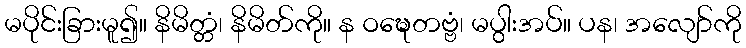
မပိုင်းခြားမူ၍။ နိမိတ္တံ၊ နိမိတ်ကို။ န ဝဍ္ဎေတဗ္ဗံ၊ မပွါးအပ်။ ပန၊ အလျော်ကို